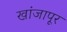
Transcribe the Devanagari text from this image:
खांजापूर